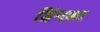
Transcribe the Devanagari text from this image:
डिंगळा